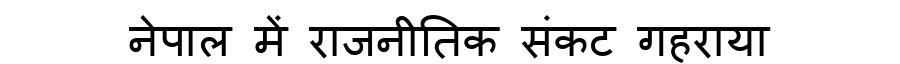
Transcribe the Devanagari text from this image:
नेपाल में राजनीतिक संकट गहराया